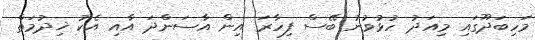
މަހިބަދޫގައި މިއަދު ހުޅުވުނު ބޭސް ފިހާރަ އިން އާސަންދަ އާއި އެކު ޚިދުމަތް